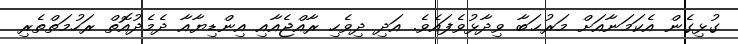
ގުޅިގެން އެކަމަނާއަށް މަރުޙަބާ ވިދާޅުވެފައެވެ. އަދި ދިވެހި ރާއްޖެއާއި އިންޑިޔާއާ ދެމެދުއޮތް ރަހުމަތްތެރި